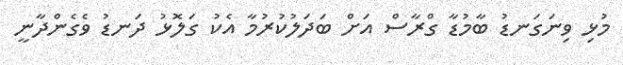
މުޅި ވިނަގަނޑު ބާމުޑާ ގްރާސް އަށް ބަދަލުކުރުމާ އެކު ގަލޮޅު ދަނޑު ވެގެންދާނީ